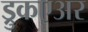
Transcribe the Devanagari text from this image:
ड्रुकएअर